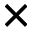
\boldsymbol { \times }